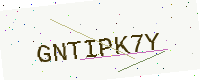
Text: GNTIPK7Y